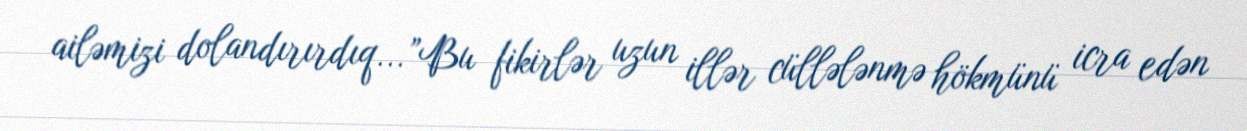
ailəmizi dolandırırdıq...”Bu fikirlər uzun illər cüllələnmə hökmünü icra edən